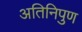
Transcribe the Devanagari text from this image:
अतिनिपुण